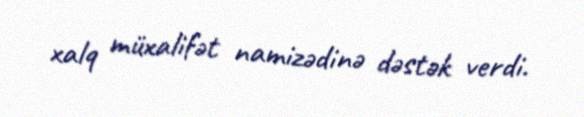
xalq müxalifət namizədinə dəstək verdi.